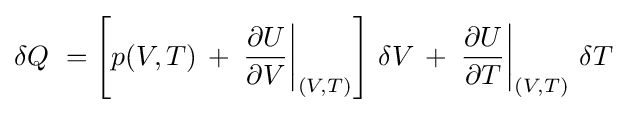
\delta Q\ =\left[p(V,T)\,+\,\left.{\frac {\partial U}{\partial V}}\right|_{(V,T)}\right]\,\delta V\,+\,\left.{\frac {\partial U}{\partial T}}\right|_{(V,T)}\,\delta T